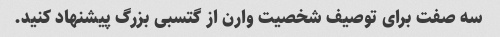
سه صفت برای توصیف شخصیت وارن از گتسبی بزرگ پیشنهاد کنید.